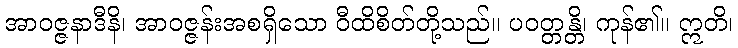
အာဝဇ္ဇနာဒီနိ၊ အာဝဇ္ဇန်းအစရှိသော ဝီထိစိတ်တို့သည်။ ပဝတ္တန္တိ၊ ကုန်၏။ ဣတိ၊